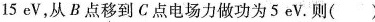
5eV。则( )